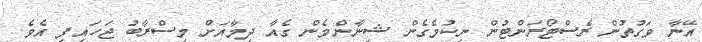
އޭނާ ވަގުތުން ރެސްޓޯރަންޓުން ނިކުމެގެން ޝިނާންމެން ގެއާ ދިމާއަށް މިސްރާބު ޖަހައިފި އެވެ.